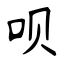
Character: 呗